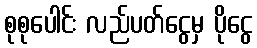
စုစုပေါင်း လည်ပတ်ငွေမှ ပိုငွေ